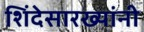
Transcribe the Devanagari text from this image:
शिंदेसारख्यांनी